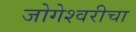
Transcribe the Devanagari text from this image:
जोगेश्वरीचा